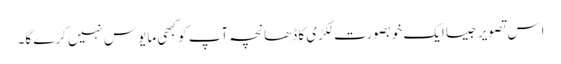
اِس تصویر جیسا ایک خوبصورت لکڑی کا ڈھانچہ آپ کو کبھی مایوس نہیں کرے گا۔